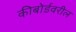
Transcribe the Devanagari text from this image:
कीबोर्डवरील